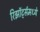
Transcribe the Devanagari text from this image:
रिझॉर्ट्‍समध्ये